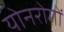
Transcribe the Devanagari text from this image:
योनरोगों